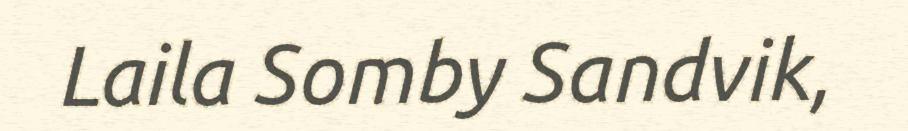
Laila Somby Sandvik,